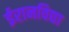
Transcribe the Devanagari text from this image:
ईरानविद्या